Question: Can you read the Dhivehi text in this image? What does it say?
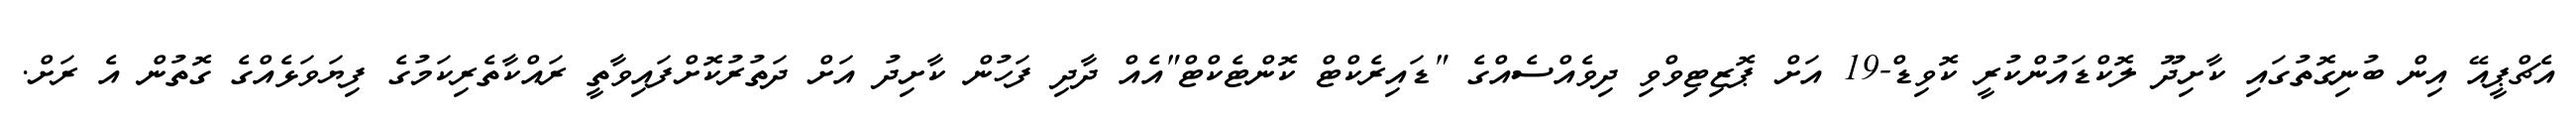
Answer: އެޗްޕީއޭ އިން ބުނިގޮތުގައި ކާށިދޫ ލޮކްޑައުންކުރީ ކޮވިޑް-19 އަށް ޕޮޒިޓިވްވި ދިވެއްސެއްގެ "ޑައިރެކްޓް ކޮންޓެކްޓް"އެއް ދާދި ފަހުން ކާށިދު އަށް ދަތުރުކޮށްފައިވާތީ ރައްކާތެރިކަމުގެ ފިޔަވަޅެއްގެ ގޮތުން އެ ރަށް.